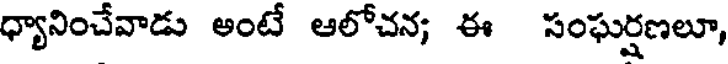
ధ్యానించేవాడు అంటే ఆలోచన; ఈ సంఘర్షణలూ,